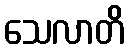
သေလာတိ